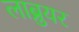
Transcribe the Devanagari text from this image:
लाब्रुयर